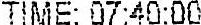
TIME: 07:40:00